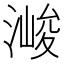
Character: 𱧶